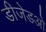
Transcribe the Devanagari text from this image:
डीजेडओ